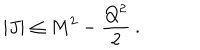
| J | \leq M ^ { 2 } - \frac { Q ^ { 2 } } { 2 } \: .